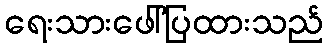
ရေးသားဖေါ်ပြထားသည်